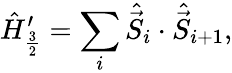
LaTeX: \hat{H}_{\frac{3}{2}}^{\prime}=\sum_{i}\hat{\vec{S}}_{i}\cdot\hat{\vec{S}}_{i+1},